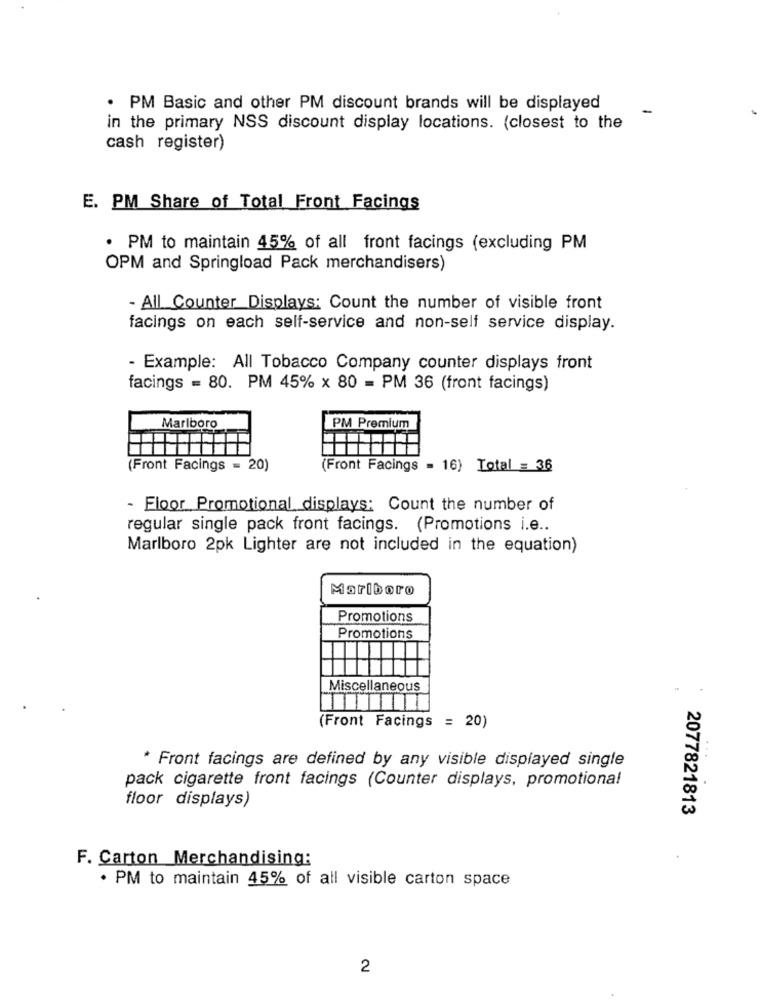
· PM Basic and other PM discount brands will be displayed
-
in the primary NSS discount display locations. (closest to the
cash register)
E. PM Share of Total Front Facings
· PM to maintain 45% of all front facings (excluding PM
OPM and Springload Pack merchandisers)
- All Counter Displays: Count the number of visible front
facings on each self-service and non-self service display.
- Example: All Tobacco Company counter displays front
facings = 80. PM 45% x 80 = PM 36 (front facings)
Marlboro
PM Premium
(Front Facings = 20)
(Front Facings = 16) Total = 36
- Floor Promotional displays: Count the number of
regular single pack front facings. (Promotions i.e ..
Marlboro 2pk Lighter are not included in the equation)
Marlboro
Promotions
Promotions
Miscellaneous
(Front Facings = 20)
* Front facings are defined by any visible displayed single
pack cigarette front facings (Counter displays, promotional
floor displays)
2077821813
F. Carton Merchandising:
· PM to maintain 45% of all visible carton space
2